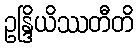
ဥန္ဒြိယိဿတီတိ